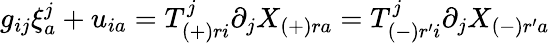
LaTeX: g_{ij}\xi_{a}^{j}+u_{ia}=T_{(+)ri}^{j}\partial_{j}X_{(+)ra}=T_{(-)r^{\prime}i}^{j}\partial_{j}X_{(-)r^{\prime}a}